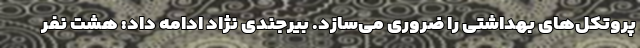
پروتکل‌های بهداشتی را ضروری می‌سازد. بیرجندی نژاد ادامه داد: هشت نفر